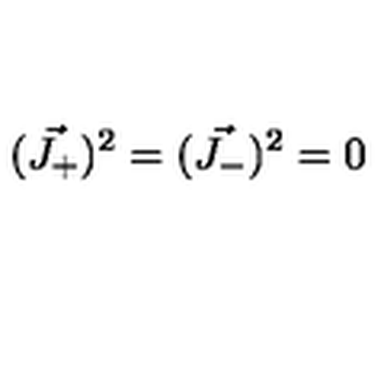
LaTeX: ( \vec { J _ { + } } ) ^ { 2 } = ( \vec { J _ { - } } ) ^ { 2 } = 0